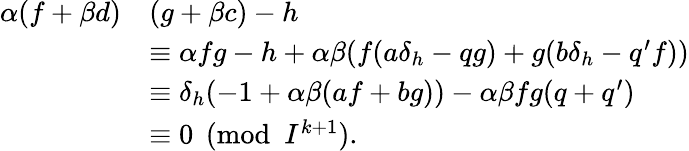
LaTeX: {\begin{array}{rl}{\alpha(f+\beta d)}&{(g+\beta c)-h}\\ &{\equiv\alpha fg-h+\alpha\beta(f(a\delta_{h}-qg)+g(b\delta_{h}-q^{\prime}f))}\\ &{\equiv\delta_{h}(-1+\alpha\beta(af+bg))-\alpha\beta fg(q+q^{\prime})}\\ &{\equiv 0{\pmod{I^{k+1}}}.}\end{array}}